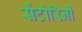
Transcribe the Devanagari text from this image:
सेंटोरिनी